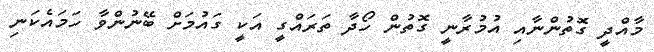
މާއްދީ ގޮތުންނާއި އުމުރާނީ ގޮތުން ހޯދާ ތަރައްގީ އަކީ ގައުމަށް ބޭނުންވާ ހަމައެކަނި